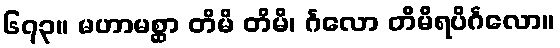
၆၇၃။ မဟာမစ္ဆာ တိမိ တိမိ၊ င်္ဂလော တိမိရပိင်္ဂလော။